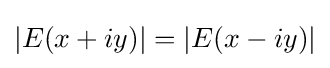
|E(x+iy)|=|E(x-iy)|